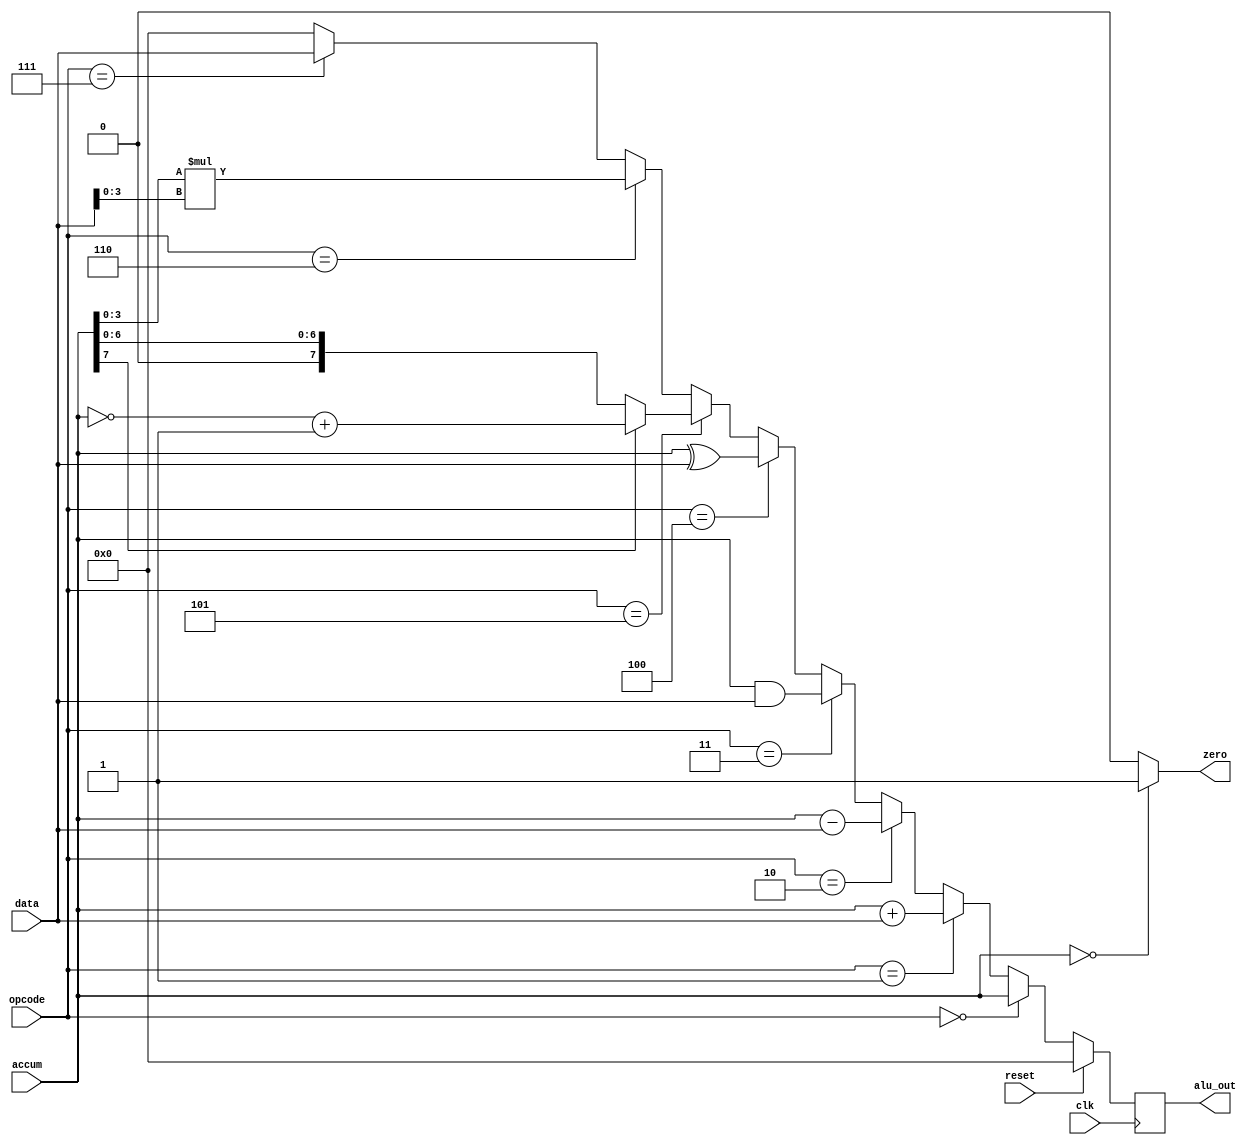
`timescale 1ns / 1ps
//////////////////////////////////////////////////////////////////////////////////
// Company: 
// Engineer: 
// 
// Design Name: 
// Module Name: alu
// Project Name: 
// Target Devices: 
// Tool Versions: 
// Description: 
// 
// Dependencies: 
// 
// Revision:
// Revision 0.01 - File Created
// Additional Comments:
// 
//////////////////////////////////////////////////////////////////////////////////


module alu(alu_out, accum, data, opcode, zero, clk, reset);

input [8-1:0] accum;
input [8-1:0] data;
input [3-1:0] opcode;
input clk;
input reset;
output reg signed [8-1:0] alu_out;
output wire zero;

assign zero = (accum==0) ? 1'b1 : 1'b0;

reg signed [4-1:0] accum_c;
reg signed [4-1:0] data_c;

always @(posedge clk) begin
	if (reset) begin
	   alu_out = 8'b0;
	end
	// 000 : Pass accum
	else if (opcode==3'b0) alu_out <= accum;
	// 001 : accum + data	(add)
	else if (opcode==3'b001) alu_out <= accum + data;
	// 010 : accum - data 	(sub)
	else if (opcode==3'b010) alu_out <= accum - data;
	// 011 : accum AND data (bit-wise AND)
	else if (opcode==3'b011) alu_out <= accum & data;
	// 100 : accum XOR data (bit-wise XOR)
	else if (opcode==3'b100) alu_out <= accum ^ data;
	// 101 : ABS(accum) 	(absolute value)
	else if (opcode==3'b101) alu_out <= (accum[7]) ? (~accum + 1) : accum;
	// 110 : MUL 			(multiplication)
	else if (opcode==3'b110) begin
	   accum_c = accum[3:0];
	   data_c = data[3:0]; 
	   alu_out = accum_c * data_c;
	end
	// 111 : Pass data
	else if (opcode==3'b111) alu_out <= data;
	
	else alu_out <= 0;
end

endmodule